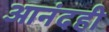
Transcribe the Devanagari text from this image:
आनंदही